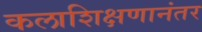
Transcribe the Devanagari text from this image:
कलाशिक्षणानंतर